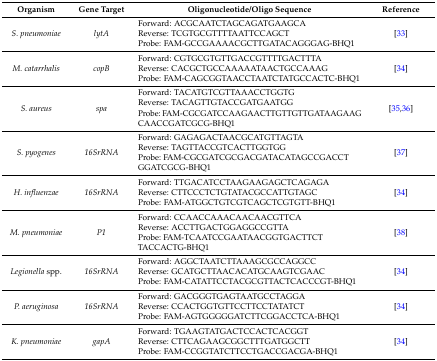
| Organism | Gene Target | Oligonucleotide/Oligo Sequence | Reference |
 | --- | --- | --- | --- |
 | S. pneumoniae | lytA | Forward: ACGCAATCTAGCAGATGAAGCAReverse: TCGTGCGTTTTAATTCCAGCTProbe: FAM-GCCGAAAACGCTTGATACAGGGAG-BHQ1 | [33] |
 | M. catarrhalis | copB | Forward: CGTGCGTGTTGACCGTTTTGACTTTAReverse: CACGCTGCCAAAAATAACTGCCAAAGProbe: FAM-CAGCGGTAACCTAATCTATGCCACTC-BHQ1 | [34] |
 | S. aureus | spa | Forward: TACATGTCGTTAAACCTGGTGReverse: TACAGTTGTACCGATGAATGGProbe: FAM-CGCGATCCAAGAACTTGTTGTTGATAAGAAGCAACCGATCGCG-BHQ1 | [35,36] |
 | S. pyogenes | 16SrRNA | Forward: GAGAGACTAACGCATGTTAGTAReverse: TAGTTACCGTCACTTGGTGGProbe: FAM-CGCGATCGCGACGATACATAGCCGACCTGGATCGCG-BHQ1 | [37] |
 | H. influenzae | 16SrRNA | Forward: TTGACATCCTAAGAAGAGCTCAGAGAReverse: CTTCCCTCTGTATACGCCATTGTAGCProbe: FAM-ATGGCTGTCGTCAGCTCGTGTT-BHQ1 | [34] |
 | M. pneumoniae | P1 | Forward: CCAACCAAACAACAACGTTCAReverse: ACCTTGACTGGAGGCCGTTAProbe: FAM-TCAATCCGAATAACGGTGACTTCTTACCACTG-BHQ1 | [38] |
 | Legionella spp. | 16SrRNA | Forward: AGGCTAATCTTAAAGCGCCAGGCCReverse: GCATGCTTAACACATGCAAGTCGAACProbe: FAM-CATATTCCTACGCGTTACTCACCCGT-BHQ1 | [34] |
 | P. aeruginosa | 16SrRNA | Forward: GACGGGTGAGTAATGCCTAGGAReverse: CCACTGGTGTTCCTTCCTATATCTProbe: FAM-AGTGGGGGATCTTCGGACCTCA-BHQ1 | [34] |
 | K. pneumoniae | gapA | Forward: TGAAGTATGACTCCACTCACGGTReverse: CTTCAGAAGCGGCTTTGATGGCTTProbe: FAM-CCGGTATCTTCCTGACCGACGA-BHQ1 | [34] |